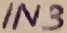
Text: IN3